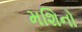
મશિનો